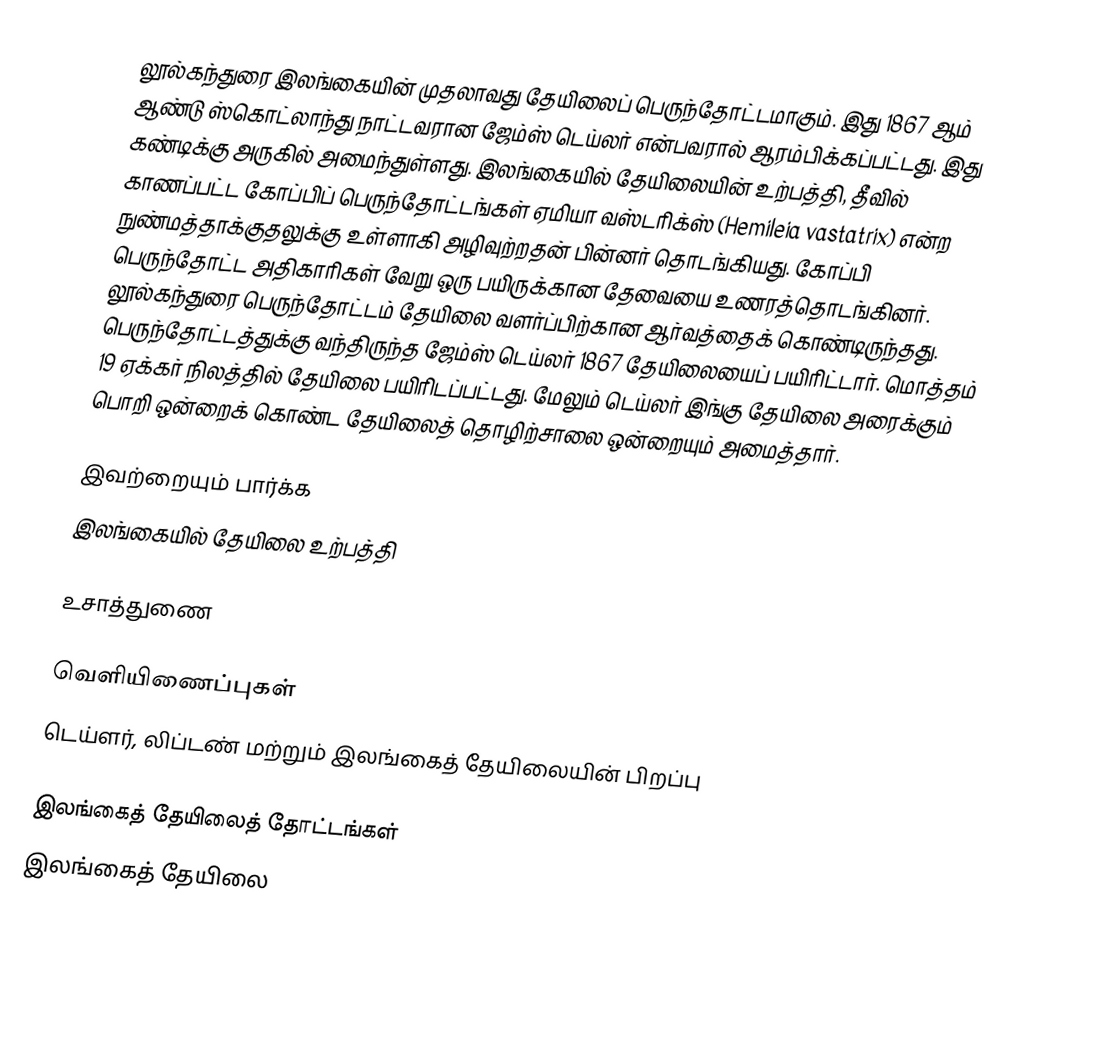
லூல்கந்துரை இலங்கையின் முதலாவது தேயிலைப் பெருந்தோட்டமாகும். இது 1867 ஆம் ஆண்டு ஸ்கொட்லாந்து நாட்டவரான ஜேம்ஸ் டெய்லர் என்பவரால் ஆரம்பிக்கப்பட்டது. இது கண்டிக்கு அருகில் அமைந்துள்ளது. இலங்கையில் தேயிலையின் உற்பத்தி, தீவில் காணப்பட்ட கோப்பிப் பெருந்தோட்டங்கள் ஏமியா வஸ்டரிக்ஸ் (Hemileia vastatrix) என்ற நுண்மத்தாக்குதலுக்கு உள்ளாகி அழிவுற்றதன் பின்னர் தொடங்கியது. கோப்பி பெருந்தோட்ட அதிகாரிகள் வேறு ஒரு பயிருக்கான தேவையை உணரத்தொடங்கினர். லூல்கந்துரை பெருந்தோட்டம் தேயிலை வளர்ப்பிற்கான ஆர்வத்தைக் கொண்டிருந்தது. பெருந்தோட்டத்துக்கு வந்திருந்த ஜேம்ஸ் டெய்லர் 1867 தேயிலையைப் பயிரிட்டார். மொத்தம் 19 ஏக்கர் நிலத்தில் தேயிலை பயிரிடப்பட்டது. மேலும் டெய்லர் இங்கு தேயிலை அரைக்கும் பொறி  ஒன்றைக் கொண்ட தேயிலைத் தொழிற்சாலை ஒன்றையும் அமைத்தார்.

இவற்றையும் பார்க்க
 இலங்கையில் தேயிலை உற்பத்தி

உசாத்துணை

வெளியிணைப்புகள்
 டெய்ளர், லிப்டண் மற்றும் இலங்கைத் தேயிலையின் பிறப்பு

இலங்கைத் தேயிலைத் தோட்டங்கள்
இலங்கைத் தேயிலை